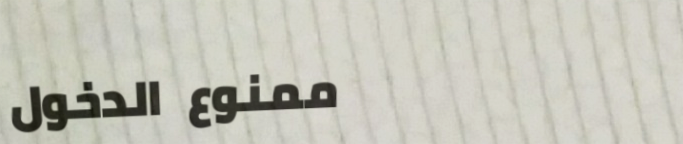
ممنوع الدخول